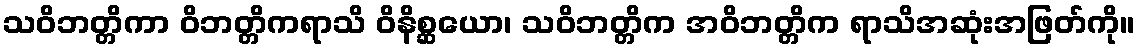
သဝိဘတ္တိကာ ဝိဘတ္တိကရာသိ ဝိနိစ္ဆယော၊ သဝိဘတ္တိက အဝိဘတ္တိက ရာသိအဆုံးအဖြတ်ကို။